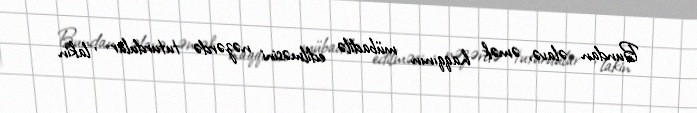
Bundan əlavə, əmək haqqının mübadilə edilməsini nəzərdə tuturdular , lakin